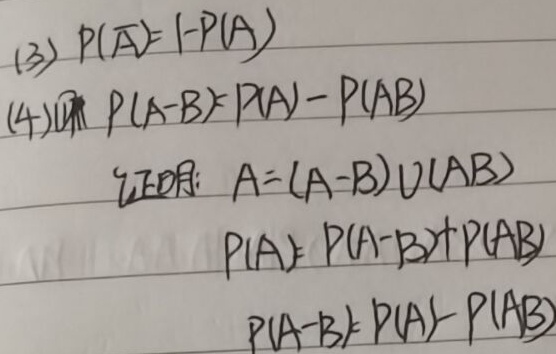
(3) \(P(\overline{A}) = 1 - P(A)\)

(4) 证明 \(P(A - B)=P(A)-P(AB)\)

证明: \(A=(A - B)\cup(AB)\)

\(P(A)=P(A - B)+P(AB)\)

\(P(A - B)=P(A)-P(AB)\)